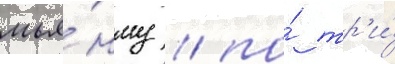
мья́нму / по́ тр'и́